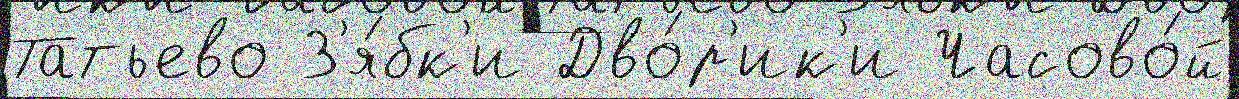
Татьево З'я́бк'и Дво́р'ик'и Часово́й